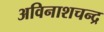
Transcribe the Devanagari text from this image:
अविनाशचन्द्र